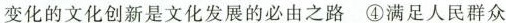
变化的文化创新是文化发展的必由之路④满足人民群众